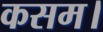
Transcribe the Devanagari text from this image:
कसम।